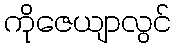
ကိုဇေယျာလွင်